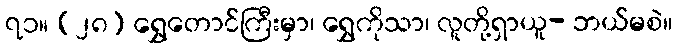
၇၁။ (၂၈) ရွှေတောင်ကြီးမှာ၊ ရွှေကိုသာ၊ လူတို့ရှာယူ- ဘယ်မစဲ။